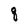
Character: q